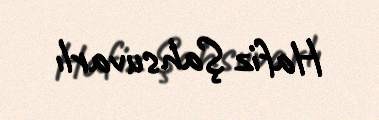
Hafiz Şahsuvarlı